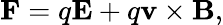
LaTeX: \mathbf{F}=q\mathbf{E}+q\mathbf{v}\times\mathbf{B},